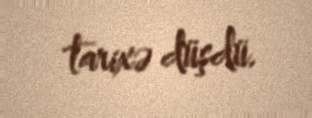
tarixə düşdü.